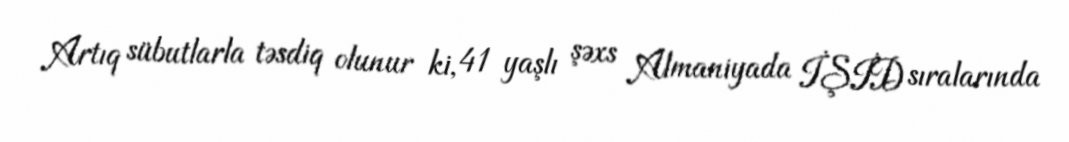
Artıq sübutlarla təsdiq olunur ki, 41 yaşlı şəxs Almaniyada İŞİD sıralarında